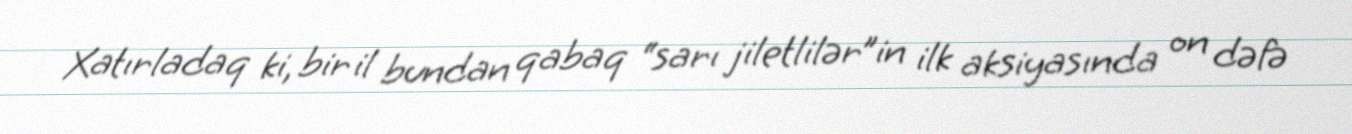
Xatırladaq ki, bir il bundan qabaq “sarı jiletlilər”in ilk aksiyasında on dəfə